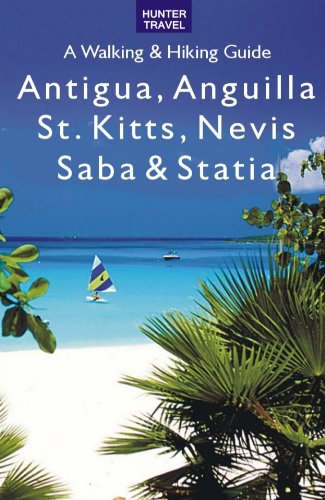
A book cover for Antigua, Anguilla, St. Kitts, Nevis, Saba & Statia: A Walking & Hiking Guide; Leonard Adkins; Travel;